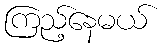
ကြည့်နေမယ်